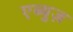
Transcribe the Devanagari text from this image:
एब्युज़